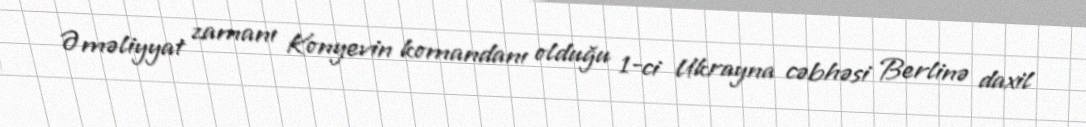
Əməliyyat zamanı Konyevin komandanı olduğu 1-ci Ukrayna cəbhəsi Berlinə daxil